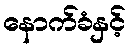
နောက်ခံနှင့်